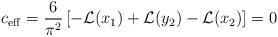
LaTeX: \begin{align*}c_{\rm eff}= {6\over{\pi^2}}\left[-{\cal L}(x_1)+{\cal L}(y_2)-{\cal L}(x_2)\right]=0\end{align*}